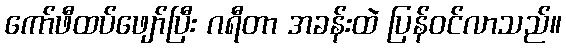
ကော်ဖီထပ်ဖျော်ပြီး ဂရီတာ အခန်းထဲ ပြန်ဝင်လာသည်။